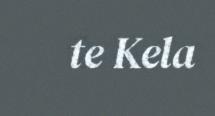
te Kela